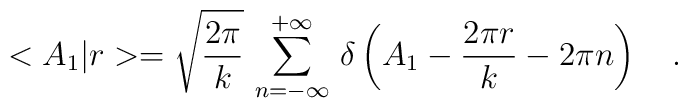
<A_1|r>=\sqrt{\frac{2\pi}{k}}\,\sum_{n=-\infty}^{+\infty}\,\delta\left(A_1-\frac{2\pi r}{k}-2\pi n\right)\ \ \ .